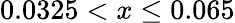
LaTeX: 0.0325<x\leq 0.065